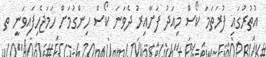
އުތުރުގައި ފުރަތަމަ ކޯސް މިއަދު ފަށާއިރު ދެވަނަ ކޯސް ހިންގުމަށް ހަމަޖެހިފައިވަނީ ތ